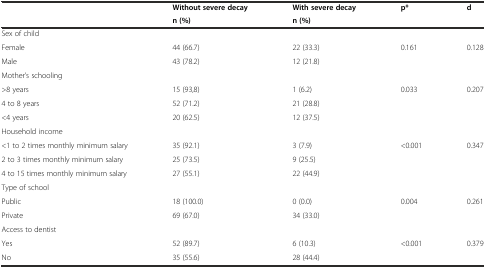
<table><thead><tr><td rowspan="2"></td><td><b>Without severe decay</b></td><td><b>With severe decay</b></td><td rowspan="2"><b>p*</b></td><td rowspan="2"><b>d</b></td></tr><tr><td><b>n (%)</b></td><td><b>n (%)</b></td></tr></thead><tbody><tr><td>Sex of child</td><td></td><td></td><td></td><td></td></tr><tr><td>Female</td><td>44 (66.7)</td><td>22 (33.3)</td><td>0.161</td><td>0.128</td></tr><tr><td>Male</td><td>43 (78.2)</td><td>12 (21.8)</td><td></td><td></td></tr><tr><td>Mother’s schooling</td><td></td><td></td><td></td><td></td></tr><tr><td>&gt;8 years</td><td>15 (93,8)</td><td>1 (6.2)</td><td>0.033</td><td>0.207</td></tr><tr><td>4 to 8 years</td><td>52 (71.2)</td><td>21 (28.8)</td><td></td><td></td></tr><tr><td>&lt;4 years</td><td>20 (62.5)</td><td>12 (37.5)</td><td></td><td></td></tr><tr><td>Household income</td><td></td><td></td><td></td><td></td></tr><tr><td>&lt;1 to 2 times monthly minimum salary</td><td>35 (92.1)</td><td>3 (7.9)</td><td>&lt;0.001</td><td>0.347</td></tr><tr><td>2 to 3 times monthly minimum salary</td><td>25 (73.5)</td><td>9 (25.5)</td><td></td><td></td></tr><tr><td>4 to 15 times monthly minimum salary</td><td>27 (55.1)</td><td>22 (44.9)</td><td></td><td></td></tr><tr><td>Type of school</td><td></td><td></td><td></td><td></td></tr><tr><td>Public</td><td>18 (100.0)</td><td>0 (0.0)</td><td>0.004</td><td>0.261</td></tr><tr><td>Private</td><td>69 (67.0)</td><td>34 (33.0)</td><td></td><td></td></tr><tr><td>Access to dentist</td><td></td><td></td><td></td><td></td></tr><tr><td>Yes</td><td>52 (89.7)</td><td>6 (10.3)</td><td>&lt;0.001</td><td>0.379</td></tr><tr><td>No</td><td>35 (55.6)</td><td>28 (44.4)</td><td></td><td></td></tr></tbody></table>